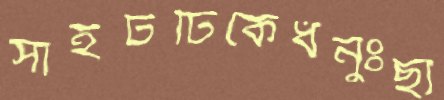
সাইটটিকেধনুঃছা